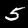
Digit: 5